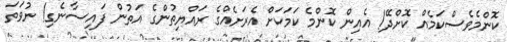
ކޮންމެވެސްކަމެއް ކޮށްދޭ! އެއިން ކޮންމެ ކަމަކަށް އެރަށެއްގެ ރައްޔިތުންގެ އަތުން ފައިސާނެގި! ނުވަތަ